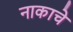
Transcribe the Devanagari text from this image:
नाकाचे